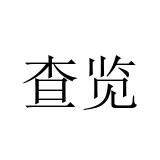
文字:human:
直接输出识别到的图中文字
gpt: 查览